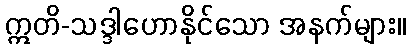
ဣတိ-သဒ္ဒါဟောနိုင်သော အနက်များ။